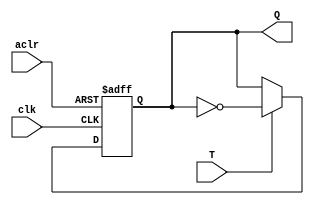
module FFT(input T, clk, aclr, 
				output reg Q);
		
	always @(posedge clk, negedge aclr)
		if(!aclr)  Q<=1'b0;
		else if(T) Q<=~Q;
		else 		  Q<=Q;
		
endmodule